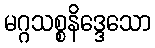
မဂ္ဂသစ္စနိဒ္ဒေသော